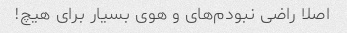
اصلا راضی نبودم‌های و هوی بسیار برای هیچ!